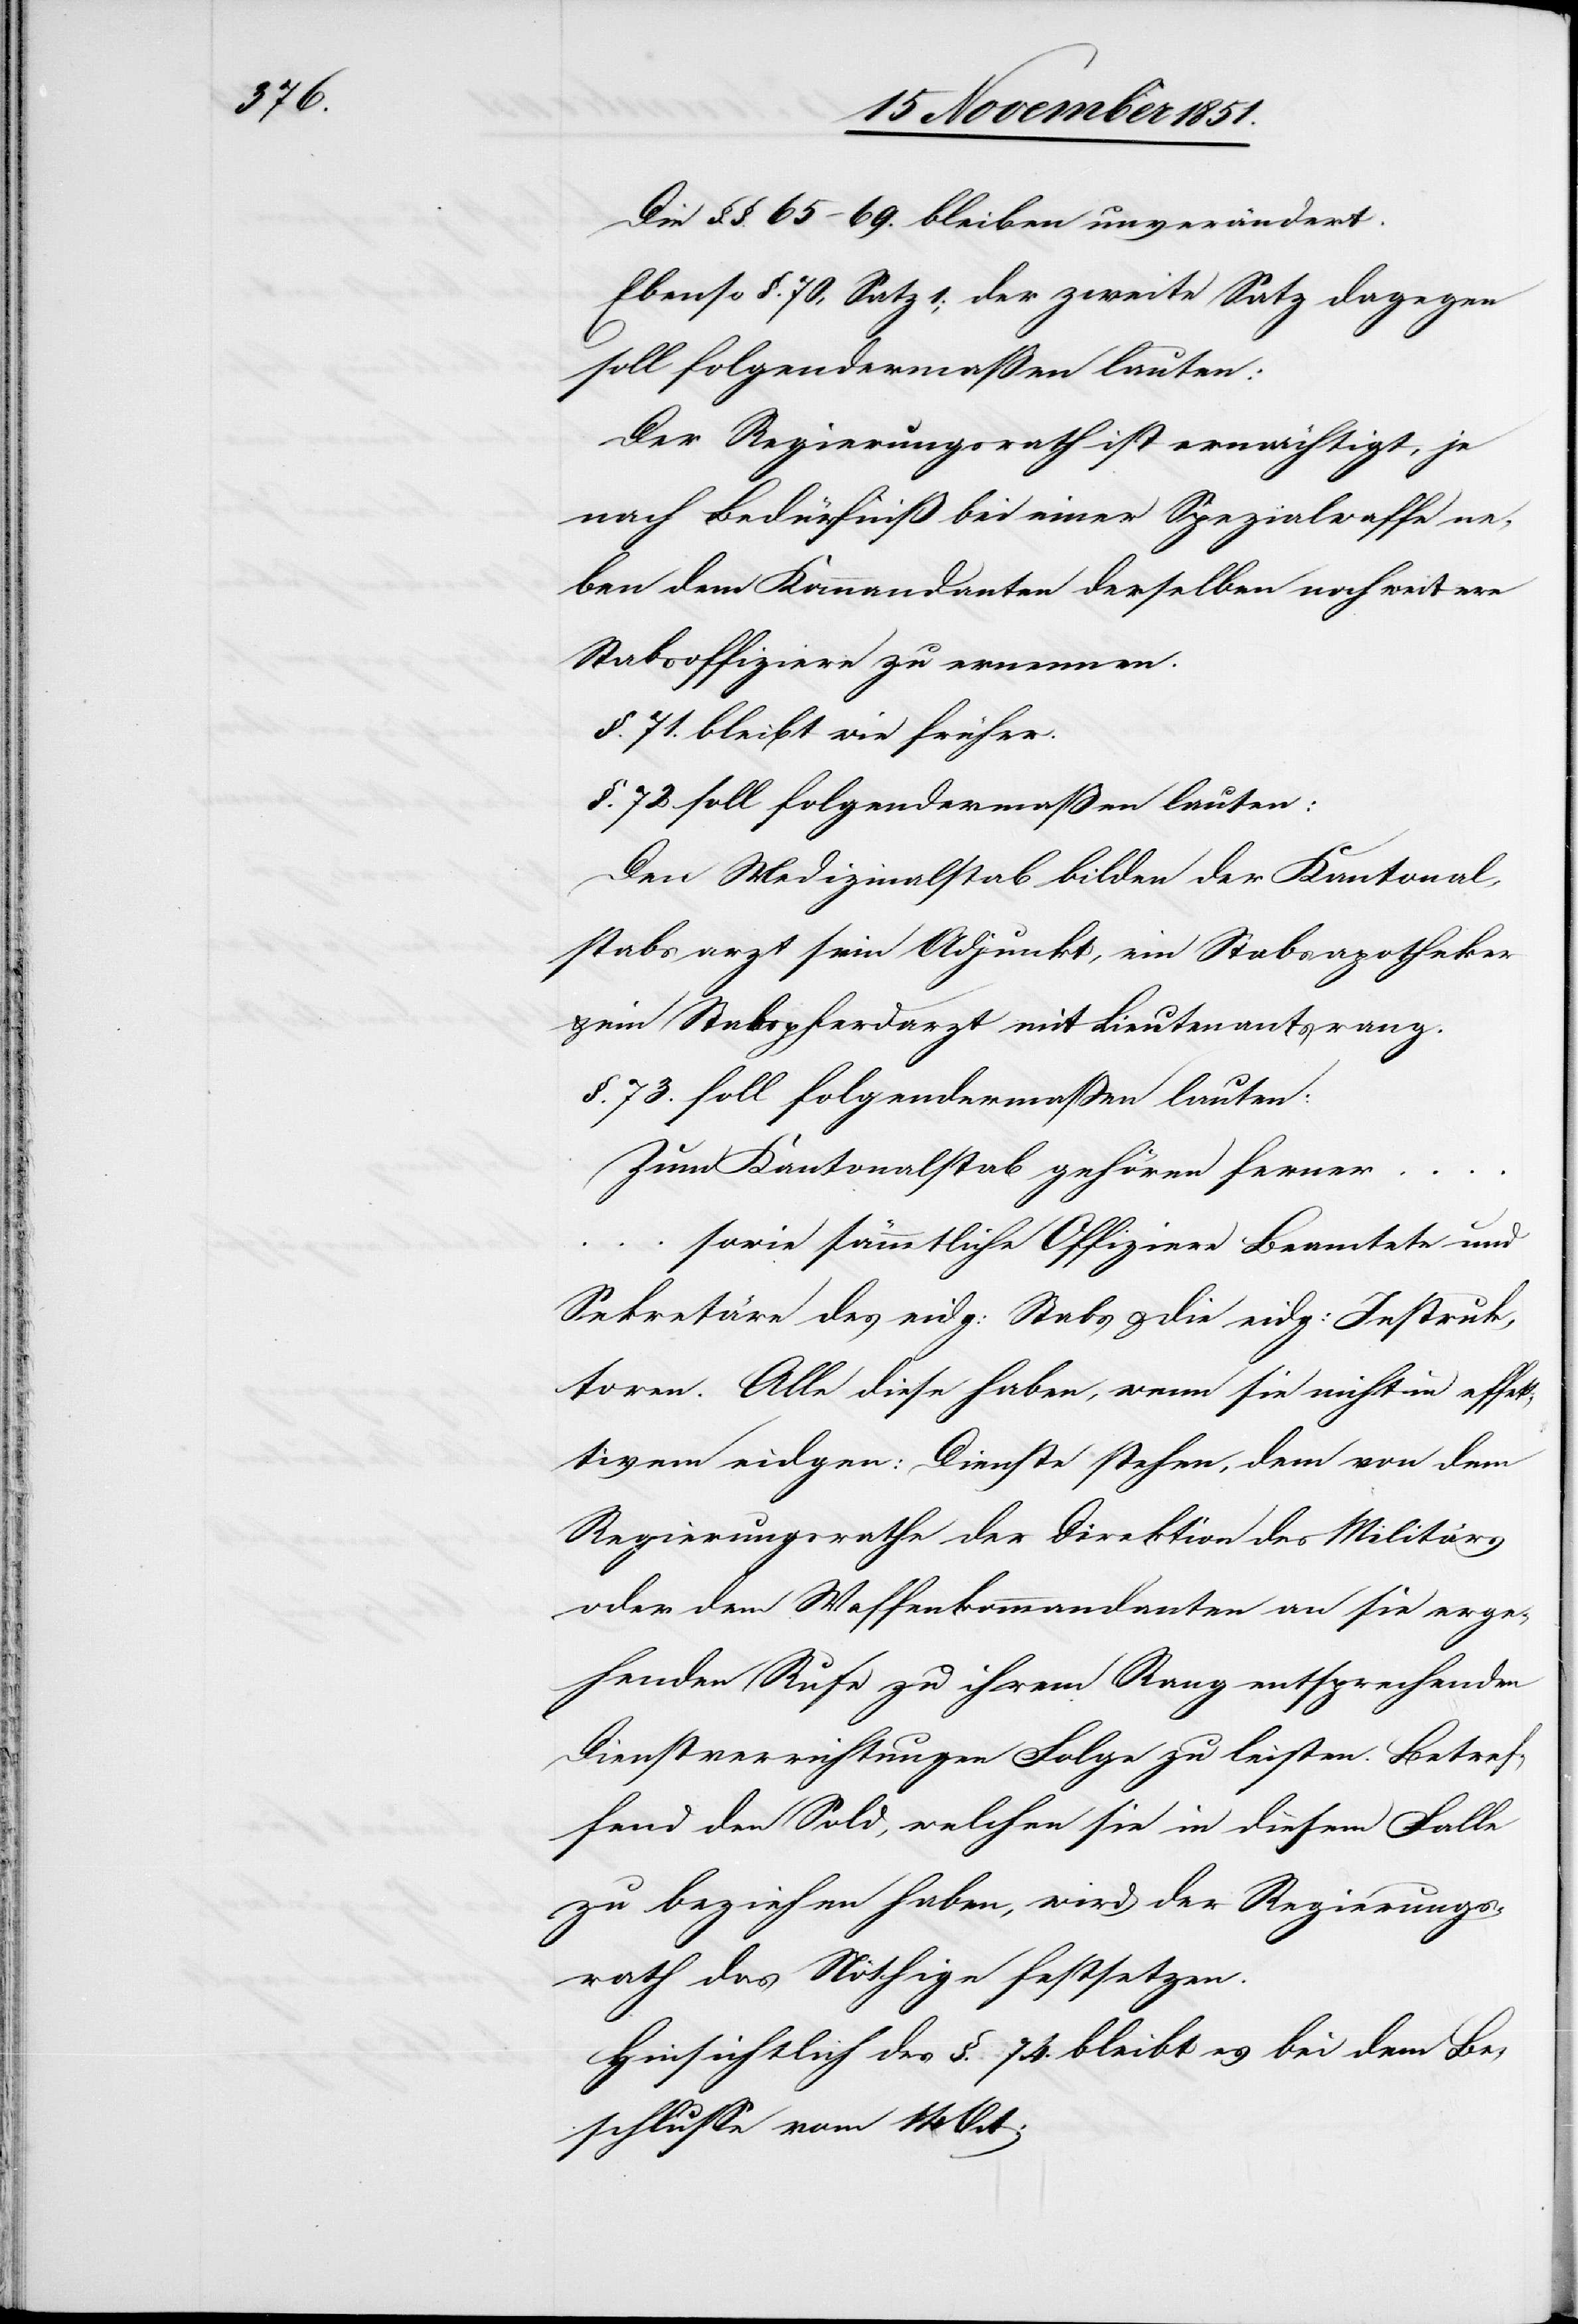
Die §§. 65–69. bleiben unverändert.
Ebenso §. 70, Satz 1; der zweite Satz dagegen
soll folgendermaßen lauten:
Der Regierungsrath ist ermächtigt, je
nach Bedürfniß bei einer Spezialwaffe ne¬
ben dem Kommandanten derselben noch weitere
Stabsoffiziere zu ernennen.
§. 71. bleibt wie früher.
§. 72 soll folgendermaßen lauten:
Den Medizinalstab bilden der Kantonal¬
stabsarzt sein Adjunkt, ein Stabsapotheker
ein Stabspferdarzt mit Lieutenantsrang.
§. 73. soll folgendermaßen lauten:
Zum Kantonalstab gehören ferner …
sowie sämmtliche Offiziere Beamtete und
Sekretäre des eidg: Stabs & die eidg: Instruk¬
toren. Alle diese haben, wenn sie nicht in effek¬
tivem eidgen: Dienste stehen, dem von dem
Regierungsrathe der Direktion des Militärs
oder dem Waffenkommandanten an sie erge¬
henden Rufe zu ihrem Rang entsprechenden
Dienstverrichtungen Folge zu leisten. Betre¬
ffend den Sold, welchen sie in diesem Falle
zu beziehen haben, wird der Regierungs¬
rath das Nöthige festsetzen.
Hinsichtlich des §. 74. bleibt es bei dem Be¬
schlusse vom 14 Oct: